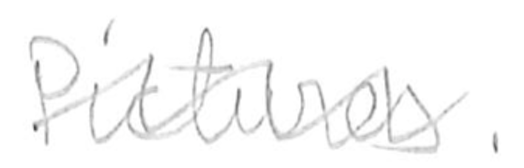
Text: Pictures.
Cross-out: wave
Writing tool: pencil